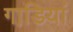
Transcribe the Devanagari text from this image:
गाडि़यां